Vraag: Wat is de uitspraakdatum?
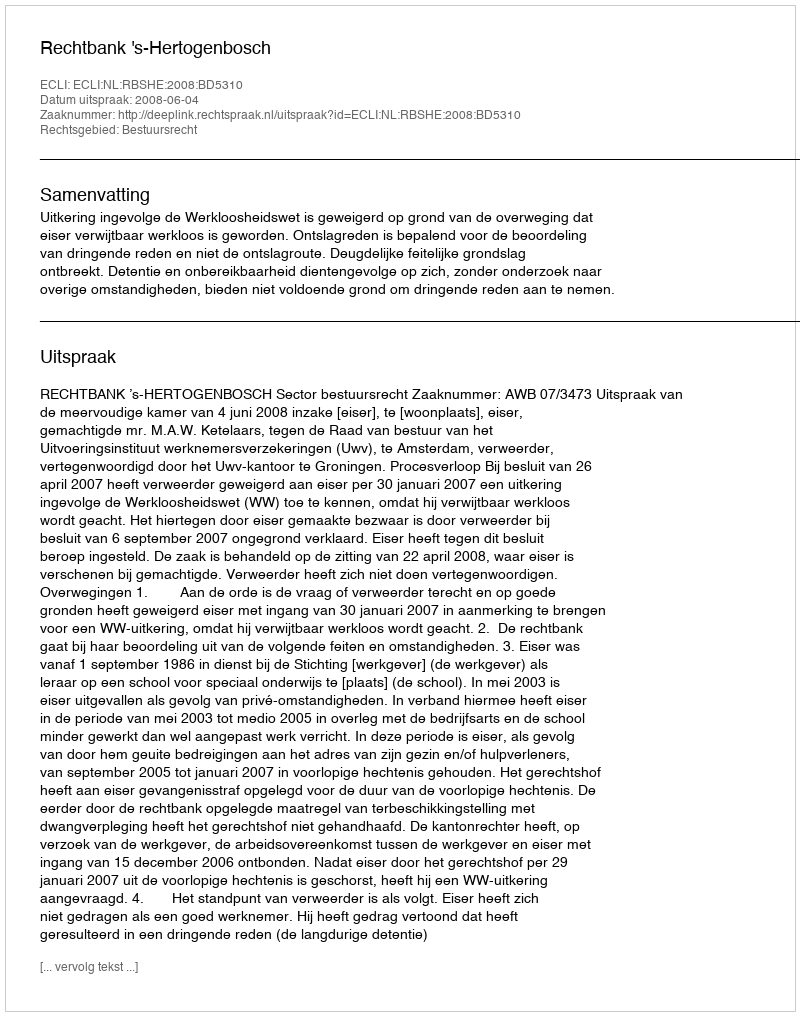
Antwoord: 2008-06-04